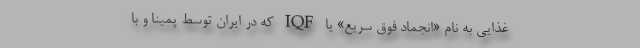
غذایی به نام «انجماد فوق سریع» یا IQF که در ایران توسط پمینا و با